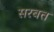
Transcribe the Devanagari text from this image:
सरबत्त